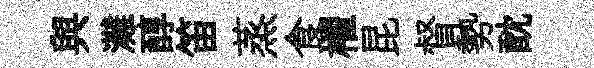
與灘醇笛蒸食櫂昆督勢酖